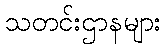
သတင်းဌာနများ